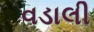
વડાલી